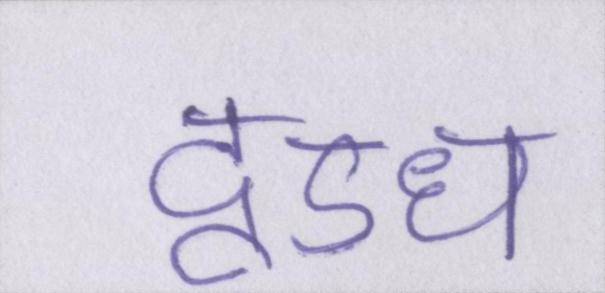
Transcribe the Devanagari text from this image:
दूऽध